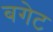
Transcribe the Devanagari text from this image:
बगेट